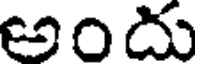
అందు